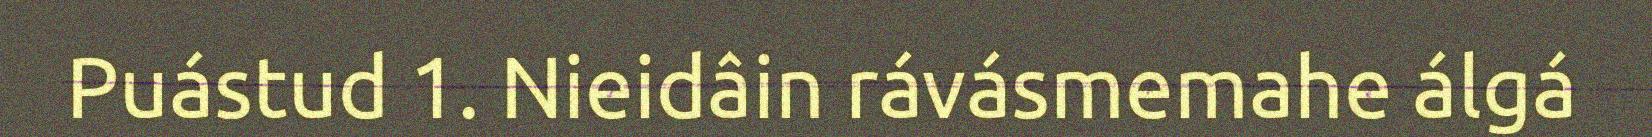
Puástud 1. Nieidâin rávásmemahe álgá